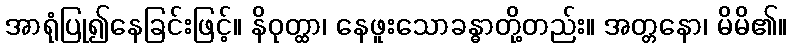
အာရုံပြု၍နေခြင်းဖြင့်။ နိဝုတ္ထာ၊ နေဖူးသောခန္ဓာတို့တည်း။ အတ္တနော၊ မိမိ၏။